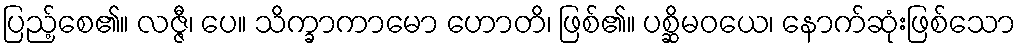
ပြည့်စေ၏။ လဇ္ဇီ၊ ပေ။ သိက္ခာကာမော ဟောတိ၊ ဖြစ်၏။ ပစ္ဆိမဝယေ၊ နောက်ဆုံးဖြစ်သော